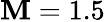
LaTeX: \mathbf{M}=1.5